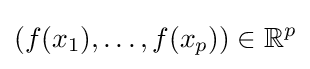
(f(x_{1}),\ldots ,f(x_{p}))\in \mathbb {R} ^{p}